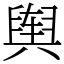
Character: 舆